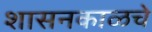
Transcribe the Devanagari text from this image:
शासनकाळचे